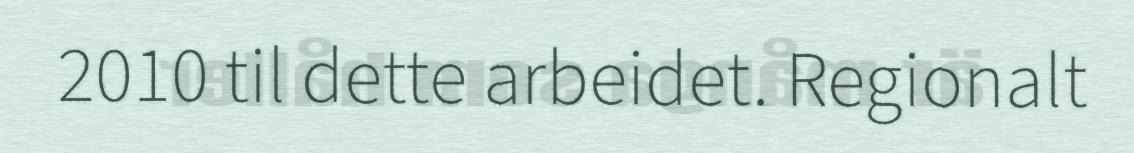
2010 til dette arbeidet. Regionalt